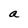
Character: a